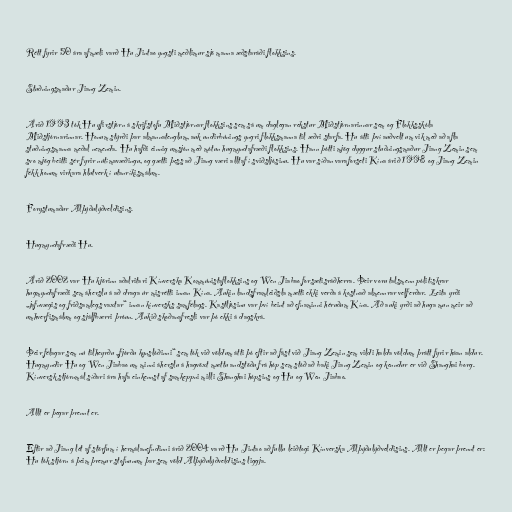
Rétt fyrir 50 ára afmæli varð Hu Jintao yngsti meðlimur sjö manna æðstaráði flokksins.

Stuðningsmaður Jiang Zemin.

Árið 1993 tók Hu yfirstjórn á skrifstofu Miðstjórnar flokksins sem sá um daglegan rekstur Miðstjórnarinnar sem og Flokksskóla
Miðstjórnarinnar. Honum stýrði þar almannatenglum, auk undirbúnings yngri flokksmanna til æðri starfa. Hu átti því auðvelt um vik með að afla
stuðningsmanna meðal nemenda. Hu hafði einnig umsjón með mótun hugmyndafræði flokksins. Hann þótti mjög dyggur stuðningsmaður Jiang Zemin sem
svo mjög beitti sér fyrir nútímavæðingu, og gætti þess að Jiang væri alltaf í sviðsljósinu. Hu var síðan varaforseti Kína árið 1998 og Jiang Zemin
fékk honum virkara hlutverk í utanríkismálum.

Forystumaður Alþýðulýðveldisins.

Hugmyndafræði Hu.

Árið 2002 var Hu kjörinn aðalritari Kínverska Kommúnistaflokksins og Wen Jiabao forsætisráðherra. Þeir voru talsmenn pólitískrar
hugmyndafræði sem áherslu á að draga úr misrétti innan Kína. Aukin landsframleiðsla mætti ekki verða á kostnað almennrar velferðar. Leita yrði
„jafnvægis og friðsamlegs vaxtar“ innan kínversks samfélags. Kastljósinu var því beint að efnaminni héruðum Kína. Að auki yrði að huga mun meir að
umhverfismálum og sjálfbærri þróun. Aukið skoðanafresli var þó ekki á dagskrá.

Þeir félagar sem nú tilheyrðu „fjórðu kynslóðinni“ sem tók við völdum átti þó eftir að fást við Jiang Zemin sem vildi halda völdum þrátt fyrir háan aldur.
Hugmyndir Hu og Wen Jiabao um minni áherslu á hagvöxt mættu andstöðu frá hóp sem stóð að baki Jiang Zemin og kenndur er við Shanghai borg.
Kínversk stjórnmál síðari ára hafa einkennst af samkeppni milli Shanghai hópsins og Hu og Wen Jiabao.

Allt er þegar þrennt er.

Eftir að Jiang lét af störfum í hermálanefndinni árið 2004 varð Hu Jintao að fullu leiðtogi Kínverska Alþýðulýðveldisins. Allt er þegar þrennt er:
Hu tók stjórn á þeim þremur stofnunum þar sem völd Alþýðulýðveldisins liggja.